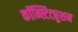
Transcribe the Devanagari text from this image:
कॉन्स्टिट्युशन